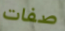
صفات